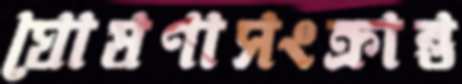
ঘোষণাসংক্রান্ত